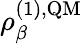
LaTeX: \rho_{\beta}^{(1),\textrm{QM}}